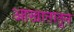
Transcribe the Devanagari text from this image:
आखातातून